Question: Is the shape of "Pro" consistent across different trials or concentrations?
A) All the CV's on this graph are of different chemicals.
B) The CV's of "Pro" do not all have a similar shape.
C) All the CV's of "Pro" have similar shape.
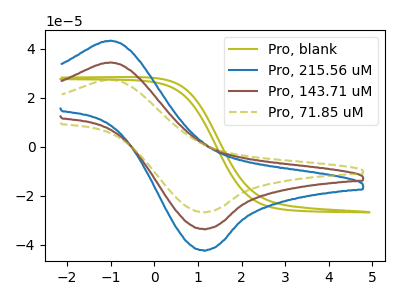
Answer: <think>The olive curve "Pro, blank" has no peaks. The blue curve "Pro, 215.56 uM" has an anodic peak at (-1.00V, 68.70uA) and a cathodic peak at (1.15V, -67.15uA). The brown curve "Pro, 143.71 uM" has an anodic peak at (-1.00V, 34.35uA) and a cathodic peak at (1.15V, -33.60uA). The olive dashed curve "Pro, 71.85 uM" has an anodic peak at (-1.00V, 27.30uA) and a cathodic peak at (1.15V, -26.70uA).
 "Pro, blank" and "Pro, 215.56 uM" have a different number of peaks. "Pro, blank" and "Pro, 143.71 uM" have a different number of peaks. "Pro, blank" and "Pro, 71.85 uM" have a different number of peaks. All the peaks in "Pro, 215.56 uM" have a peak in "Pro, 143.71 uM" at the same potential. Every peak in "Pro, 215.56 uM" is higher than every peak in "Pro, 143.71 uM". All the peaks in "Pro, 215.56 uM" have a peak in "Pro, 71.85 uM" at the same potential. Every peak in "Pro, 215.56 uM" is higher than every peak in "Pro, 71.85 uM". All the peaks in "Pro, 143.71 uM" have a peak in "Pro, 71.85 uM" at the same potential. Every peak in "Pro, 143.71 uM" is higher than every peak in "Pro, 71.85 uM".</think>
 <answer>C) All the CV's of "Pro" have similar shape.</answer>
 <eval>C</eval>